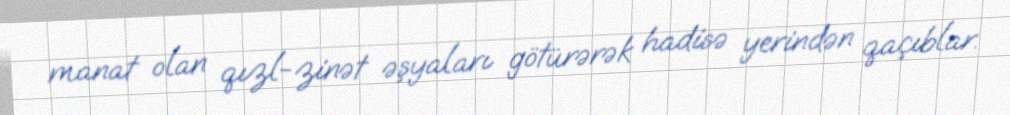
manat olan qızl-zinət əşyaları götürərək hadisə yerindən qaçıblar.